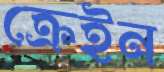
ক্রেইন